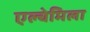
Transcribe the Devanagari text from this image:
एल्चेमिला